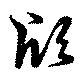
頎